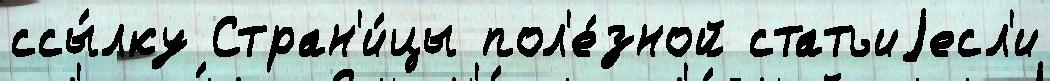
ссы́лку Стран'и́цы пол'е́зной статьиjесл'и